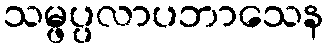
သမ္ဖပ္ပလာပဘာသေန